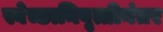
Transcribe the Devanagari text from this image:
स्वेच्छानिवृत्तीनंतर